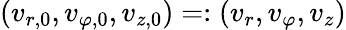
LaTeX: (v_{r,0},v_{\varphi,0},v_{z,0})=:(v_{r},v_{\varphi},v_{z})